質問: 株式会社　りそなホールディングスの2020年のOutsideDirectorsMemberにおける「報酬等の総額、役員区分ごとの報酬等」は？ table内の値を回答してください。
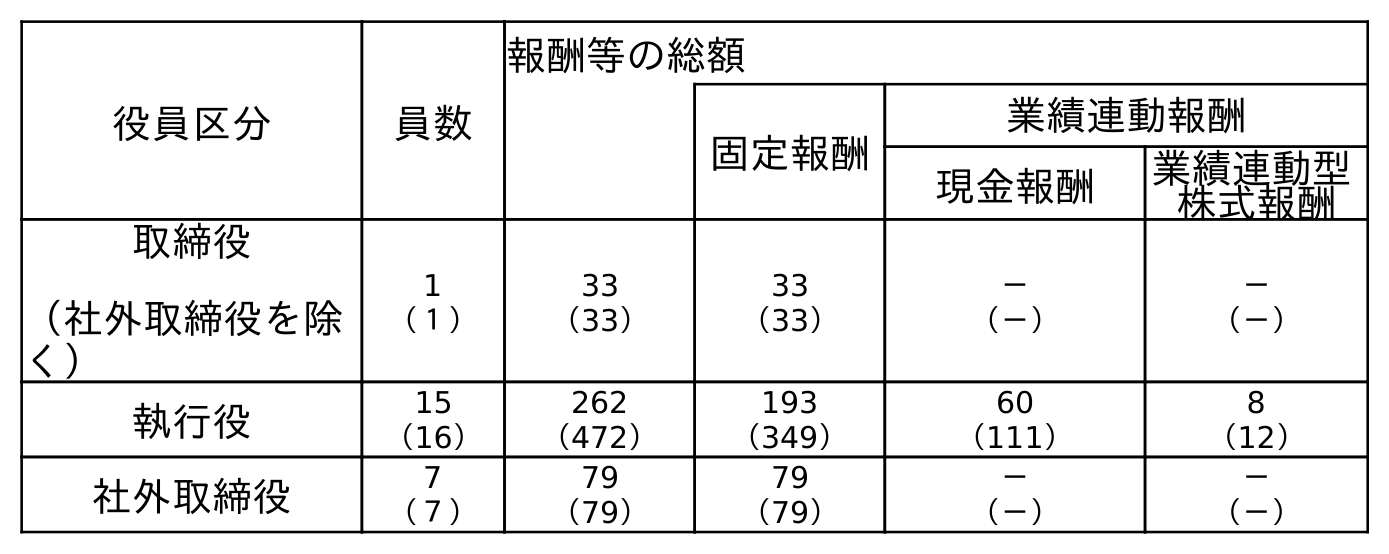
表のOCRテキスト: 役員区分 員数 報酬等の総額 固定報酬 業績連動報酬 現金報酬 業績連動型 株式報酬 取締役 （社外取締役を除 く） 1 （１） 33 （33） 33 （33） － （－） － （－） 執行役 15 （16） 262 （472） 193 （349） 60 （111） 8 （12） 社外取締役 7 （７） 79 （79） 79 （79） － （－） － （－）
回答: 79（79）